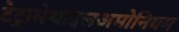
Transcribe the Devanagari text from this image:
टेट्रामेथाइलअमोनियम